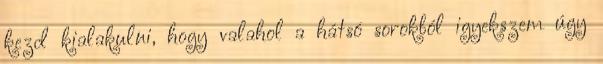
kezd kialakulni, hogy valahol a hátsó sorokból igyekszem úgy